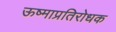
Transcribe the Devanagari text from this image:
ऊष्माप्रतिरोधक